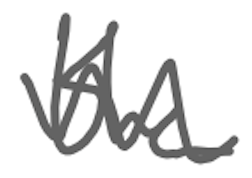
Text: the
Cross-out: wave
Writing tool: digital_gray